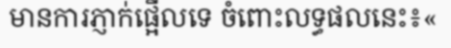
មានការភ្ញាក់ផ្អើលទេ ចំពោះលទ្ធផលនេះ៖«